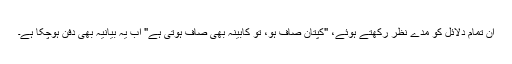
ان تمام دلائل کو مدے نظر رکھتے ہوئے، "کپتان صاف ہو، تو کابینہ بھی صاف ہوتی ہے" اب یہ بیانیہ بھی دفن ہوچکا ہے۔